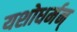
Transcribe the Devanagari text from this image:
यशोधर्मन्‌